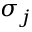
\sigma _ { j }